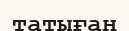
татыған